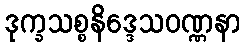
ဒုက္ခသစ္စနိဒ္ဒေသဝဏ္ဏနာ